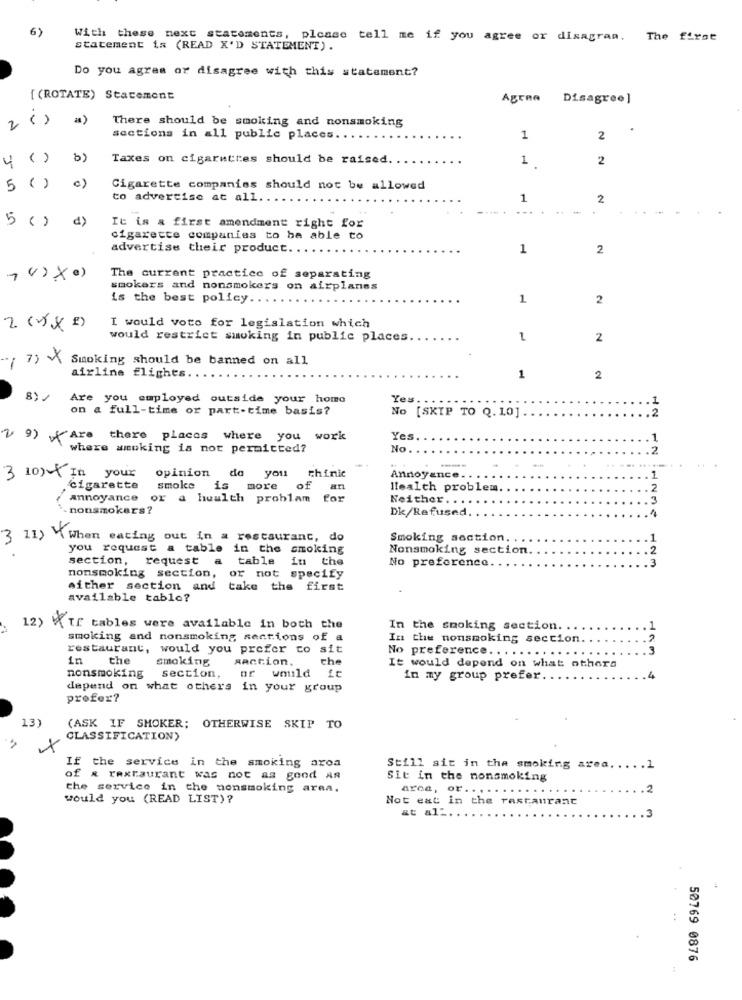
6)
With these next statements,
please tell me if you agree or disagran. The first
statement is (READ X'D STATEMENT) .
Do you agree or disagree with this statement?
[ (ROTATE) Statement
Agrna
Disagree ]
There should be smoking and nonsmoking
sections in all public places ...
1
2
( )
b)
Taxes on cigarettes should be raised.
1
2
5
( )
c)
Cigarette companies should not be allowed
to advertise at all.
1
2
5
( )
d)
It is & first amendment right for
cigarette companies to be able to
advertise their product.
1
2
The current practice of separating
smokers and nonsmokers on airplanes
is the best policy.
1
2
2 ()X =)
I would voto for legislation which
would restrict smoking in public places.
1
2
(7) X
Smoking should be banned on all
airline flights.
1
2
Are you employed
outside your home
Yes.
1
on a full-time or part-time basis?
.2
No [SKIP TO Q. 10].
v 9) Are there places where you work
Yes
.1
where smoking is not permitted?
No
.2
opinion do you thinic
-
3 10) In your
Annoyance.
.1
cigarette
smoke is
more
of
an
Health problem.
.2
annoyance or a health problam for
for
Neither ..
3
- nonsmokers ?
Dk/Refused.
1
3 11) \When eating out in a restaurant, do
Smoking section.
.1
you request a table in the smoking
Nonsmoking section.
2
section, request a table in the
No preference.
.3
nonsmoking section,
or not specify
either section and take the first
available table?
12) TE tables were available in both the
In the smoking section. .
smoking and nonsmoking sections of a
In the nonsmoking seccion.
restaurant, would you prefer to sit
No preference ...
in
the
smoking
saction.
the
nonsmoking
section,
would
it
It would depend on what others
in my group prefer
depend on what others in your group
profer?
(ASK IF SMOKER; OTHERWISE SKIP TO
CLASSIFICATION)
If the service in the smoking area
Still sit in the smoking area. .... 1
of & raxtaurant was not as good An
Sit in the nonsmoking
the service in the nonsmoking area.
aron, or ..
.2
would you (READ LIST)?
Not eat in the restaurant
at all ..
. .
50769 0876